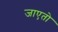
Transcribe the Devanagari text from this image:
जाएतो